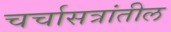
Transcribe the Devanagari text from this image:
चर्चासत्रांतील